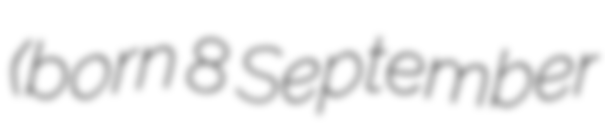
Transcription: (born 8 September